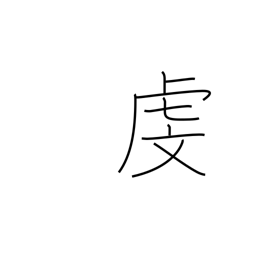
Meaning: respect